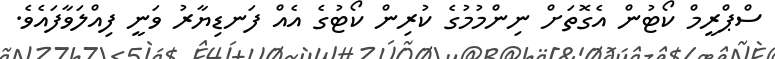
ސްޕްރީމް ކޯޓުން އެގޮތަށް ނިންމުމުގެ ކުރިން ކޯޓުގެ އެއް ފަނޑިޔާރު ވަނީ ފިއްލަވާފައެވެ.